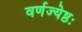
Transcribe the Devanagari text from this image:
वर्णज्येष्ठः